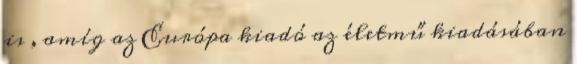
is , amíg az Európa kiadó az életmű kiadásában